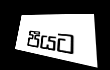
පීයට